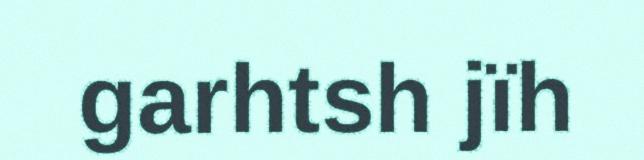
garhtsh jïh